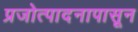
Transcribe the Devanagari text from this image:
प्रजोत्पादनापासून